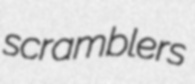
scramblers